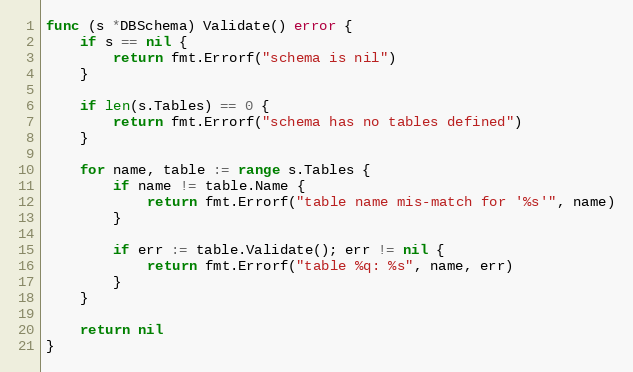
Language: Go
func (s *DBSchema) Validate() error {
	if s == nil {
		return fmt.Errorf("schema is nil")
	}

	if len(s.Tables) == 0 {
		return fmt.Errorf("schema has no tables defined")
	}

	for name, table := range s.Tables {
		if name != table.Name {
			return fmt.Errorf("table name mis-match for '%s'", name)
		}

		if err := table.Validate(); err != nil {
			return fmt.Errorf("table %q: %s", name, err)
		}
	}

	return nil
}